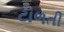
ટાળતી